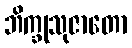
ဘိက္ခုသုဇာတော